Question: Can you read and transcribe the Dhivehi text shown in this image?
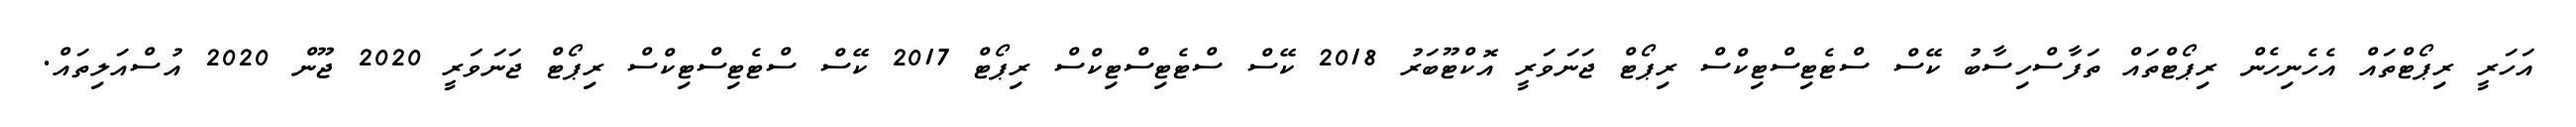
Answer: އަހަރީ ރިޕޯޓްތައް އެހެނިހެން ރިޕޯޓްތައް ތަފާސްހިސާބު ކޭސް ސްޓެޓިސްޓިކްސް ރިޕޯޓް ޖަނަވަރީ އޮކްޓޫބަރު 2018 ކޭސް ސްޓެޓިސްޓިކްސް ރިޕޯޓް 2017 ކޭސް ސްޓެޓިސްޓިކްސް ރިޕޯޓް ޖަނަވަރީ 2020 ޖޫން 2020 އުސްއަލިތައް.